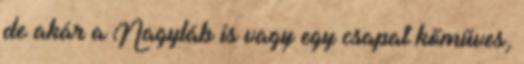
de akár a Nagyláb is vagy egy csapat kőműves,